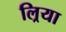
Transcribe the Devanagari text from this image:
ल्रिया